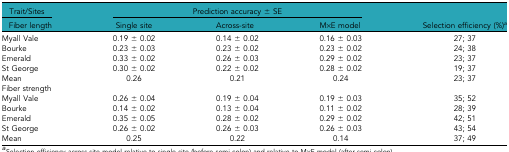
<table><thead><tr><td><b>Trait/Sites</b></td><td colspan="3"><b>Prediction accuracy ± SE</b></td><td></td></tr><tr><td><b>Fiber length</b></td><td><b>Single site</b></td><td><b>Across-site</b></td><td><b>M×E model</b></td><td><b>Selection efficiency (%)<i><sup>a</sup></i></b></td></tr></thead><tbody><tr><td>Myall Vale</td><td>0.19 ± 0.02</td><td>0.14 ± 0.02</td><td>0.16 ± 0.03</td><td>27; 37</td></tr><tr><td>Bourke</td><td>0.23 ± 0.03</td><td>0.23 ± 0.02</td><td>0.23 ± 0.02</td><td>24; 38</td></tr><tr><td>Emerald</td><td>0.33 ± 0.02</td><td>0.26 ± 0.03</td><td>0.29 ± 0.02</td><td>23; 37</td></tr><tr><td>St George</td><td>0.30 ± 0.02</td><td>0.22 ± 0.02</td><td>0.28 ± 0.02</td><td>19; 37</td></tr><tr><td>Mean</td><td>0.26</td><td>0.21</td><td>0.24</td><td>23; 37</td></tr><tr><td>Fiber strength</td><td></td><td></td><td></td><td></td></tr><tr><td>Myall Vale</td><td>0.26 ± 0.04</td><td>0.19 ± 0.04</td><td>0.19 ± 0.03</td><td>35; 52</td></tr><tr><td>Bourke</td><td>0.14 ± 0.02</td><td>0.13 ± 0.04</td><td>0.11 ± 0.02</td><td>28; 39</td></tr><tr><td>Emerald</td><td>0.35 ± 0.05</td><td>0.28 ± 0.02</td><td>0.29 ± 0.02</td><td>42; 51</td></tr><tr><td>St George</td><td>0.26 ± 0.02</td><td>0.26 ± 0.03</td><td>0.26 ± 0.03</td><td>43; 54</td></tr><tr><td>Mean</td><td>0.25</td><td>0.22</td><td>0.14</td><td>37; 49</td></tr></tbody></table>